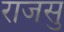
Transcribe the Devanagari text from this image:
राजसु